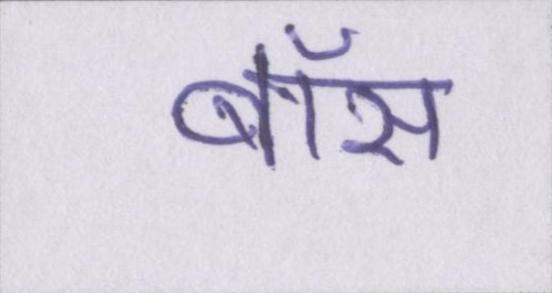
बॉस